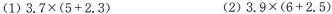
(1)$$3.7\times(5+2.3)$$ (2)$$3.9\times(6+2.5)$$